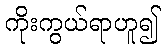
ကိုးကွယ်ရာဟူ၍